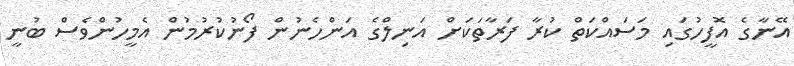
އޭނާގެ އޮފީހުގައި މަސައްކަތް ކުރާ ފަރާތަކަށް އަނިލްގެ އަންހެނުން ފޯނުކުރުމުން އެމީހުންވެސް ބުނީ